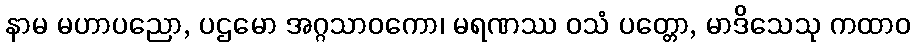
နာမ မဟာပညော, ပဌမော အဂ္ဂသာဝကော၊ မရဏဿ ဝသံ ပတ္တော, မာဒိသေသု ကထာဝ